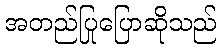
အတည်ပြုပြောဆိုသည်